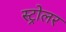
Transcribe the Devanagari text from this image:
स्ट्रोलर